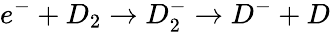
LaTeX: e^{-}+D_{2}\rightarrow D_{2}^{-}\rightarrow D^{-}+D